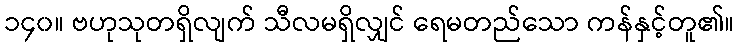
၁၄၀။ ဗဟုသုတရှိလျက် သီလမရှိလျှင် ရေမတည်သော ကန်နှင့်တူ၏။